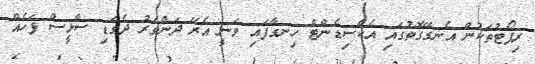
ރިޕޯޓުތަކުން އެނގޭގޮތުގައި އެކްސިޑެންޓް ހިނގާފައި ވަނީ އެރޭ ދަންވަރު ދެގަޑި ސާޅީސް ފަހެއް